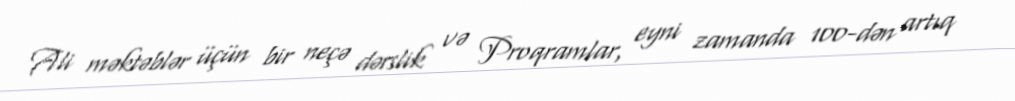
Ali məktəblər üçün bir neçə dərslik və Proqramlar, eyni zamanda 100-dən artıq